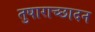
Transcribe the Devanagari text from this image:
तुषाराच्छादन